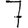
Digit: 7